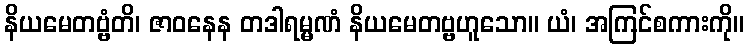
နိယမေတဗ္ဗံတိ၊ ဇာဝနေန တဒါရမ္မဏံ နိယမေတဗ္ဗဟူသော။ ယံ၊ အကြင်စကားကို။